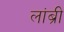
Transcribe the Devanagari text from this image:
लांब्री